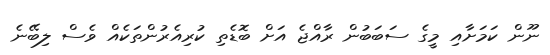
ނޫން ކަމަށާއި މީގެ ސަބަބުން ރާއްޖެ އަށް ބޮޑެތި ކުރިއެރުންތަކެއް ވެސް ލިބޭނެ